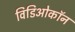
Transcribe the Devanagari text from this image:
विडिओकॉन